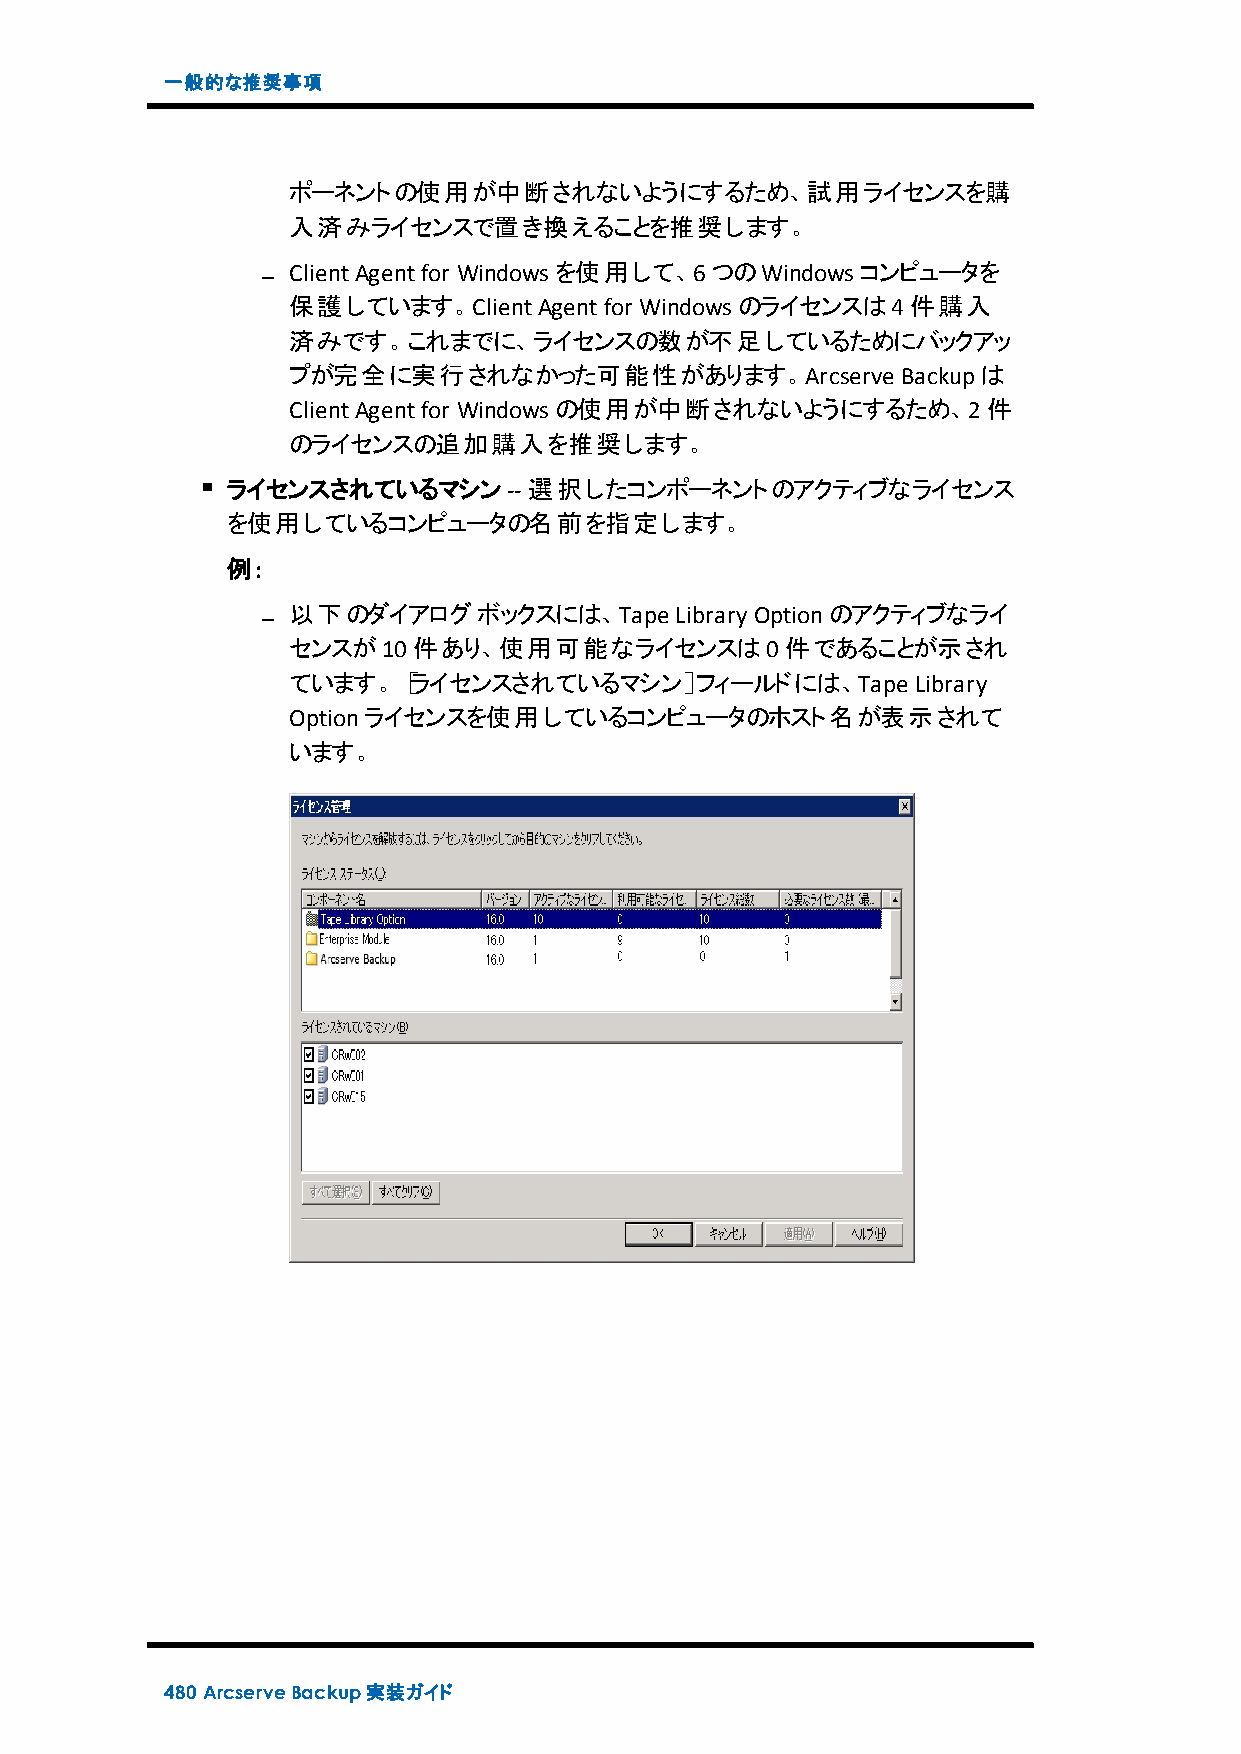
一般的な推奨事項
 ポーネントの使用が中断されないようにするため、試用ライセンスを購
 入済みライセンスで置き換えることを推奨します。
 ClientAgentfor Windowsを使用して、6つのWindowsコンピュータを
 保護しています。ClientAgentfor Windowsのライセンスは4件購入
 済みです。これまでに、ライセンスの数が不足しているためにバックアッ
 プが完全に実行されなかった可能性があります。Arcserve           Backupは
 ClientAgentfor Windowsの使用が中断されないようにするため、2件
 のライセンスの追加購入を推奨します。
 ライセンスされているマシン--     選択したコンポーネントのアクティブなライセンス
 を使用しているコンピュータの名前を指定します。
 例:
 以下のダイアログボックスには、Tape       LibraryOptionのアクティブなライ
 センスが10件あり、使用可能なライセンスは0件であることが示され
 ています。［ライセンスされているマシン］フィールドには、Tape          Library
 Optionライセンスを使用しているコンピュータのホスト名が表示されて
 います。
 480 ArcserveBackup実装ガイド